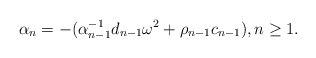
\begin{align*}&\alpha_n=-(\alpha^{-1}_{n-1}d_{n-1}\omega^2+\rho_{n-1}c_{n-1}), n\geq 1. \end{align*}